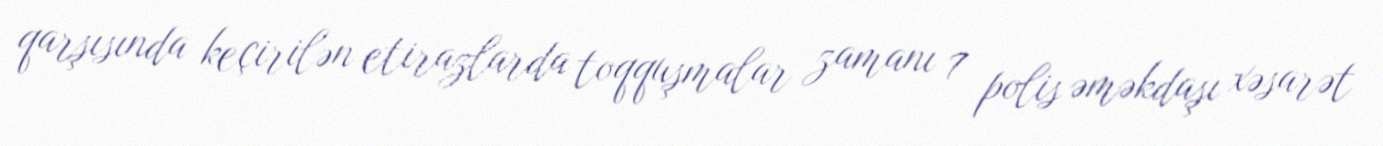
qarşısında keçirilən etirazlarda toqquşmalar zamanı 7 polis əməkdaşı xəsarət